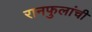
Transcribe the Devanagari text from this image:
रानफुलांची